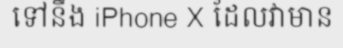
ទៅនឹង iPhone X ដែលវាមាន